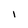
Character: 1